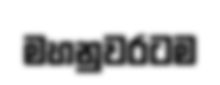
මහනුවරටම